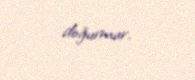
doğurmur.